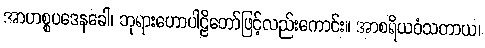
အာဟစ္စပဒေနခေါ၊ ဘုရားဟောပါဠိတော်ဖြင့်လည်းကောင်း။ အာစရိယဝံသတာယ၊